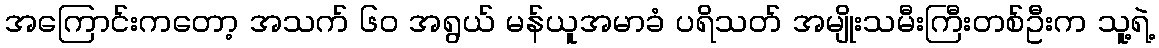
အကြောင်းကတော့ အသက် ၆၀ အရွယ် မန်ယူအမာခံ ပရိသတ် အမျိုးသမီးကြီးတစ်ဦးက သူ့ရဲ့